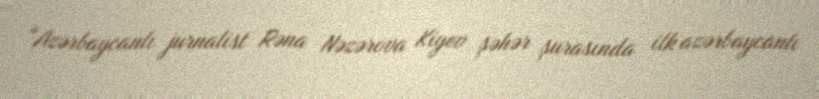
“Azərbaycanlı jurnalist Rəna Nəzərova Kiyev şəhər şurasında ilk azərbaycanlı